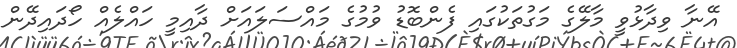
އޭނާ ވިދާޅުވީ މާލޭގެ މަގުތަކުގައި ފެންބޮޑު ވުމުގެ މައްސަލައަށް ދާއިމީ ހައްލެއް ހޯދައިދޭން